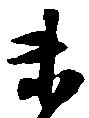
未